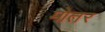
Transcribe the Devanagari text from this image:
मोतर